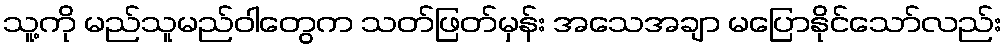
သူ့ကို မည်သူမည်ဝါတွေက သတ်ဖြတ်မှန်း အသေအချာ မပြောနိုင်သော်လည်း